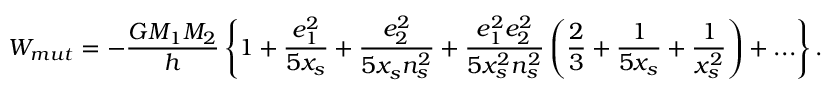
W _ { m u t } = \displaystyle - \frac { G M _ { 1 } M _ { 2 } } { h } \left\lbrace 1 + \frac { e _ { 1 } ^ { 2 } } { 5 x _ { s } } + \frac { e _ { 2 } ^ { 2 } } { 5 x _ { s } n _ { s } ^ { 2 } } + \frac { e _ { 1 } ^ { 2 } e _ { 2 } ^ { 2 } } { 5 x _ { s } ^ { 2 } n _ { s } ^ { 2 } } \left( \frac { 2 } { 3 } + \frac { 1 } { 5 x _ { s } } + \frac { 1 } { x _ { s } ^ { 2 } } \right) + . . . \right\rbrace .